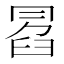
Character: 𠕣